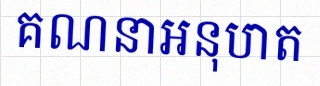
គណនាអនុបាត